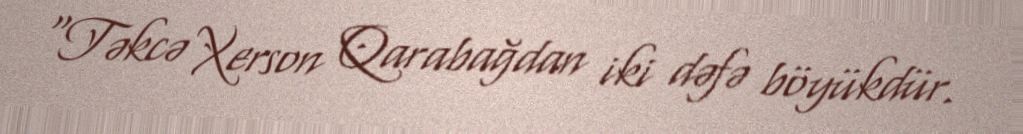
“Təkcə Xerson Qarabağdan iki dəfə böyükdür.